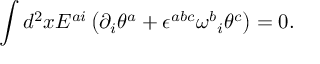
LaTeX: \int d ^ { 2 } x E ^ { a i } \left( \partial _ { i } \theta ^ { a } + \epsilon ^ { a b c } { \omega ^ { b } } _ { i } \theta ^ { c } \right) = 0 .